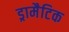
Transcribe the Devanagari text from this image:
ड्रामैटिक